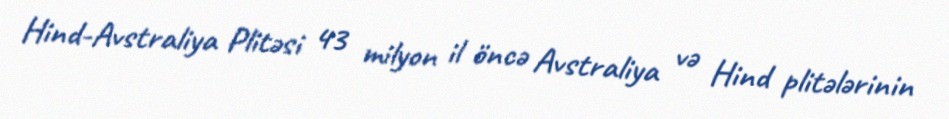
Hind-Avstraliya Plitəsi 43 milyon il öncə Avstraliya və Hind plitələrinin